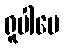
ရူပါပေ